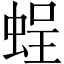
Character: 𧋸